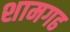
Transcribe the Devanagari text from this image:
शामगढ